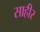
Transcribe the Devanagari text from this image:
साहीर